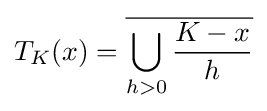
T_{K}(x)={\overline {\bigcup _{h>0}{\frac {K-x}{h}}}}